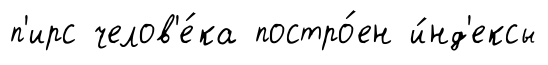
п'ирс челов'е́ка постро́ен и́нд'ексы